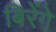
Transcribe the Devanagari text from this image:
बिरेंगे